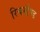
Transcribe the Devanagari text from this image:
रिचमौण्ड